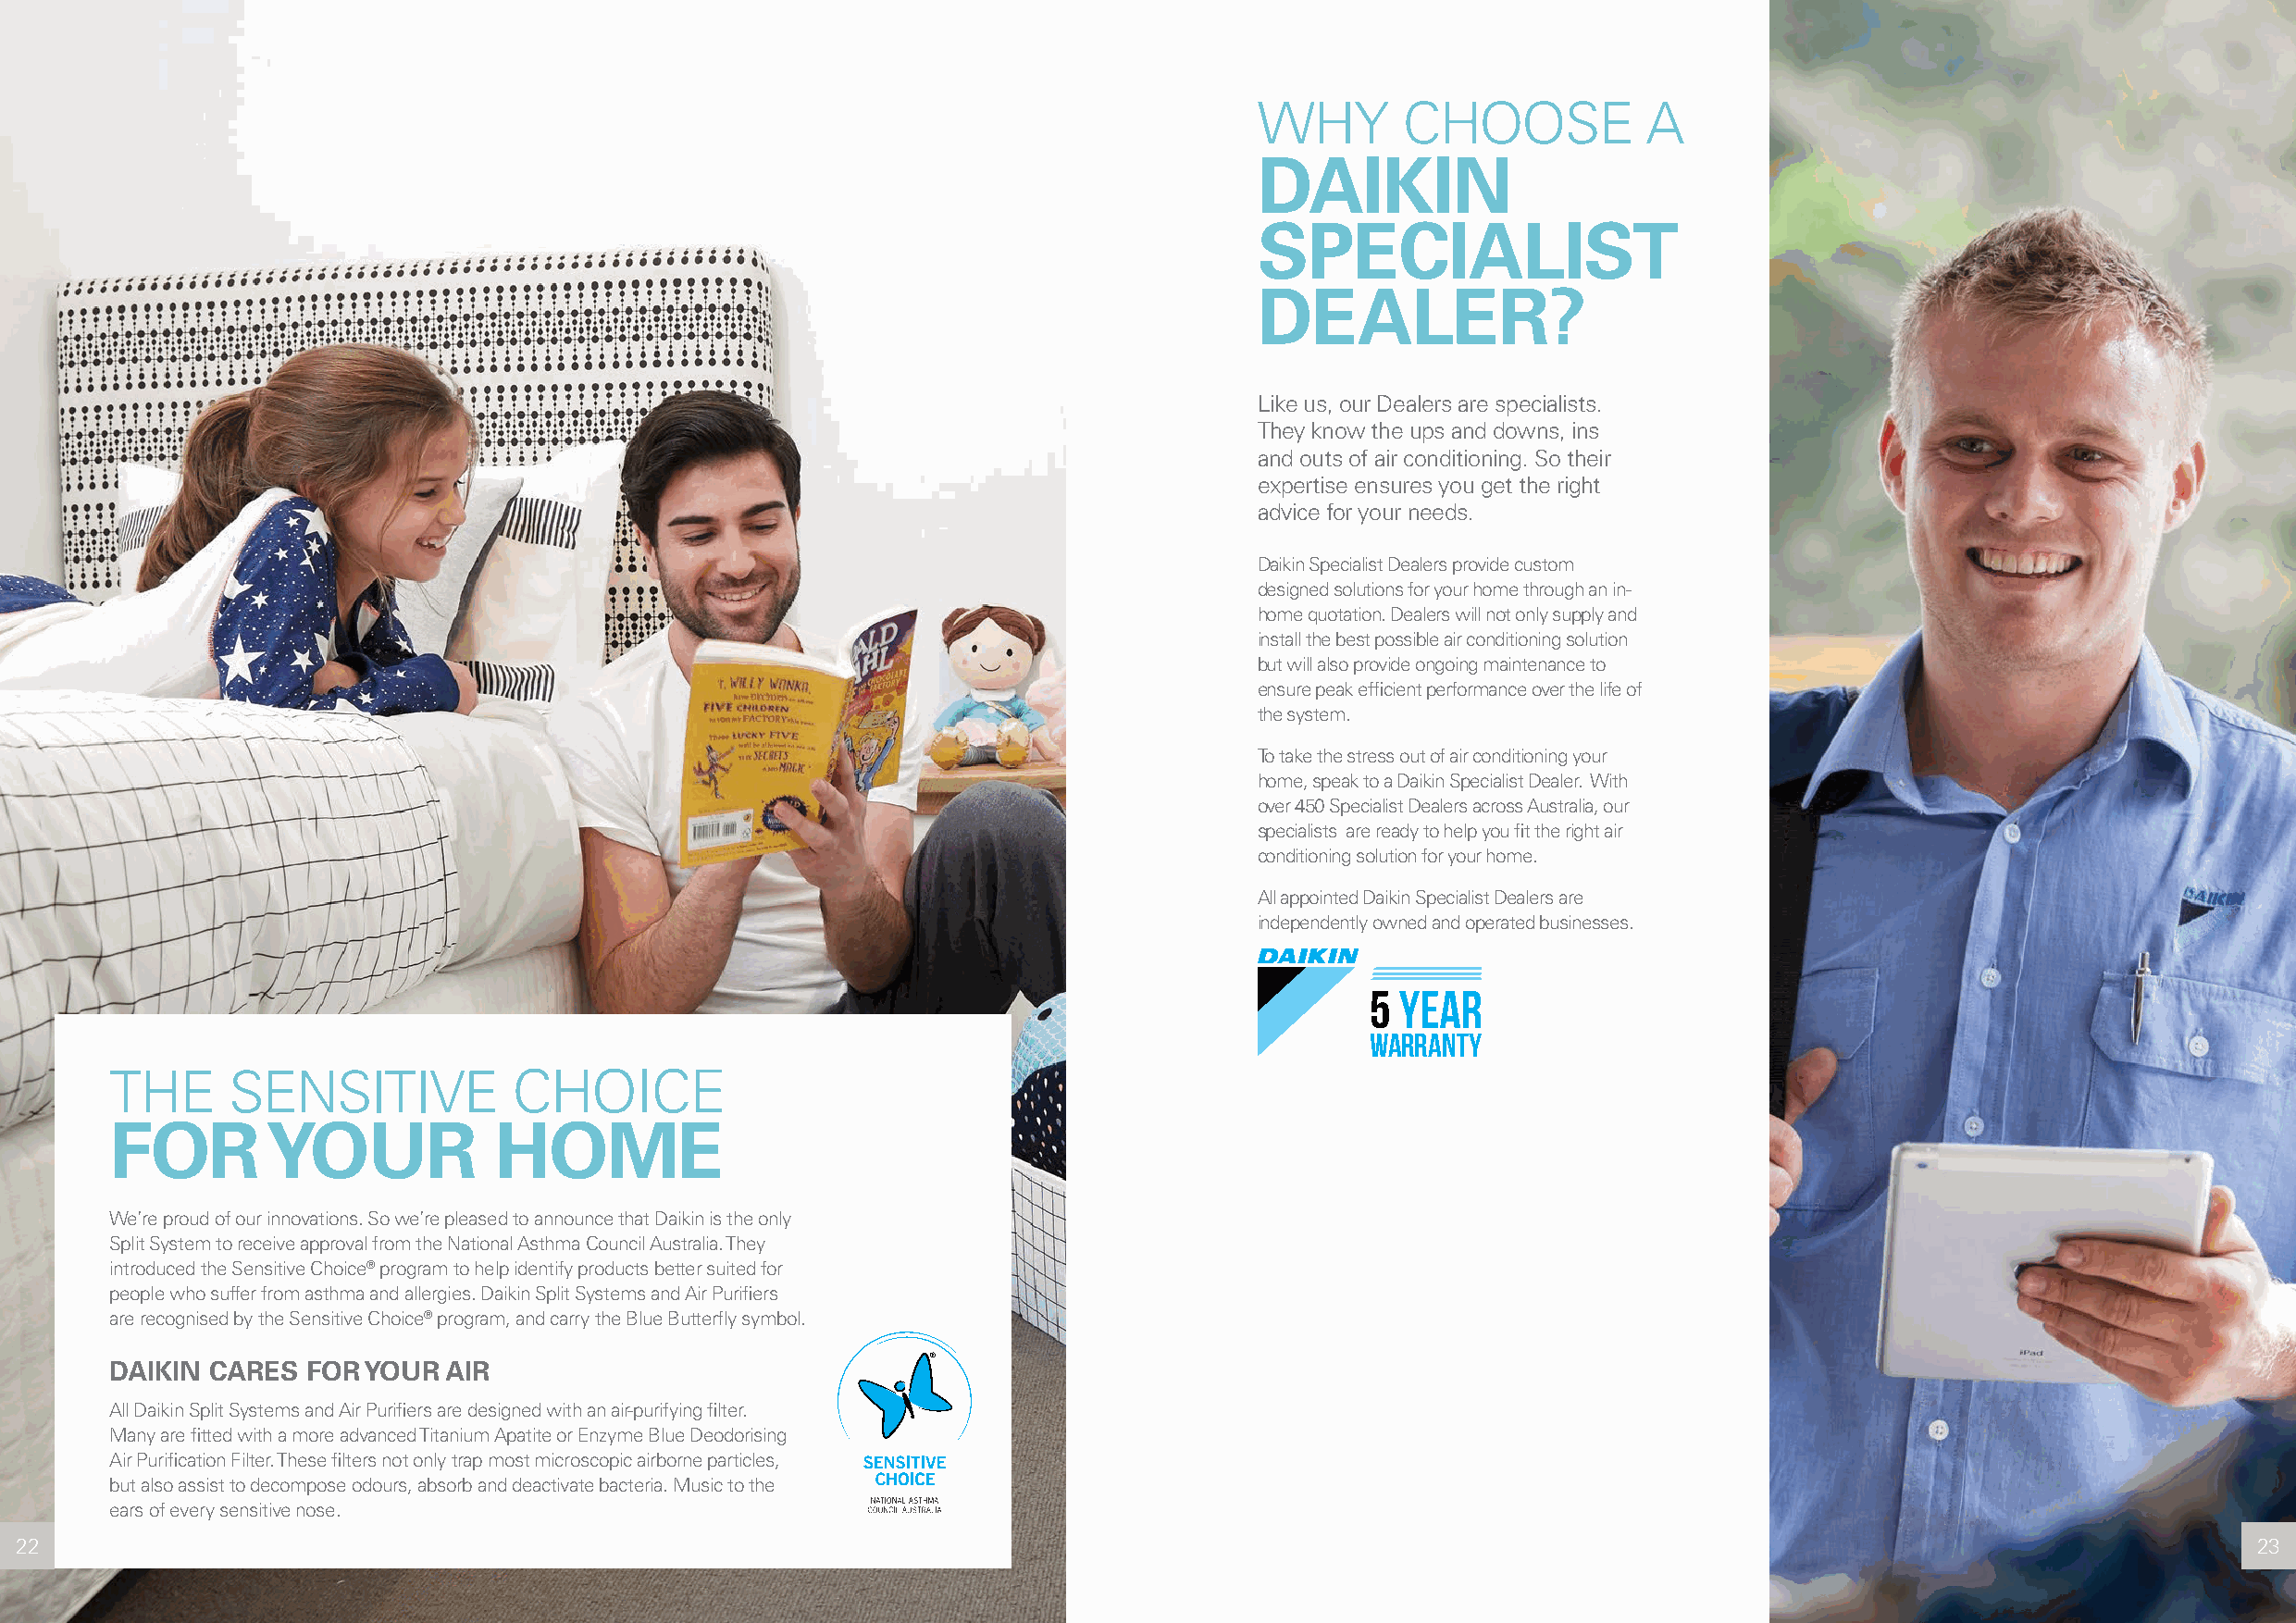
WHY       CHOOSE            A
 DAIKIN
 SPECIALIST
 DEALER?
 Like us, our Dealers are specialists.
 They know the ups and downs, ins
 and outs of air conditioning. So their
 expertise ensures you get the right
 advice for your needs.
 Daikin Specialist Dealers provide custom
 designed solutions for your home through an in-
 home quotation. Dealers will not only supply and
 install the best possible air conditioning solution
 but will also provide ongoing maintenance to
 ensure peak efficient performance over the life of
 the system.
 To take the stress out of air conditioning your
 home, speak to a Daikin Specialist Dealer. With
 over 450 Specialist Dealers across Australia, our
 specialists are ready to help you fit the right air
 conditioning solution for your home.
 All appointed Daikin Specialist Dealers are
 independently owned and operated businesses.
 5 YEAR
 WARRANTY
 THE     SENSITIVE            CHOICE
 FOR        YOUR            HOME
 We’re proud of our innovations. So we’re pleased to announce that Daikin is the only
 Split System to receive approval from the National Asthma Council Australia. They
 introduced the Sensitive Choice® program to help identify products better suited for
 people who suffer from asthma and allergies. Daikin Split Systems and Air Purifiers
 are recognised by the Sensitive Choice® program, and carry the Blue Butterfly symbol.
 ®
 DAIKIN CARES  FOR YOUR  AIR
 All Daikin Split Systems and Air Purifiers are designed with an air-purifying filter.
 Many are fitted with a more advanced Titanium Apatite or Enzyme Blue Deodorising
 Air Purification Filter. These filters not only trap most microscopic airborne particles,
 but also assist to decompose odours, absorb and deactivate bacteria. Music to the
 ears of every sensitive nose.
 22                                                                                                                                                              23